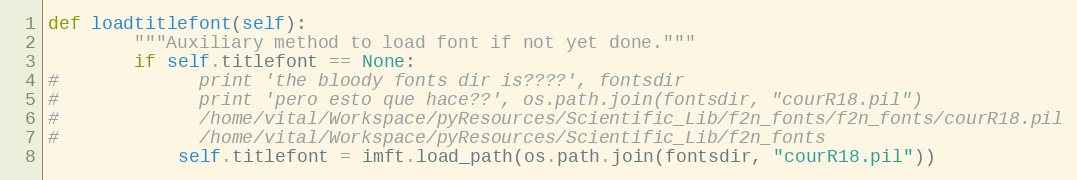
Language: Python
def loadtitlefont(self):
        """Auxiliary method to load font if not yet done."""
        if self.titlefont == None:
#             print 'the bloody fonts dir is????', fontsdir
#             print 'pero esto que hace??', os.path.join(fontsdir, "courR18.pil")
#             /home/vital/Workspace/pyResources/Scientific_Lib/f2n_fonts/f2n_fonts/courR18.pil
#             /home/vital/Workspace/pyResources/Scientific_Lib/f2n_fonts
            self.titlefont = imft.load_path(os.path.join(fontsdir, "courR18.pil"))